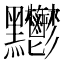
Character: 𪓊